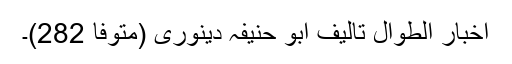
اخبار الطوال تالیف ابو حنیفہ دینوری (متوفا 282)۔